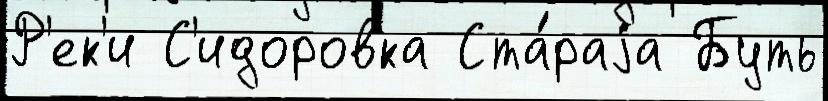
Р'ек'и С'идоровка Ста́раjа Буть